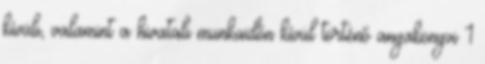
kívüli, valamint a hivatali munkaidőn kívül történő anyakönyvi 1